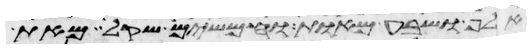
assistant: אלף ושבע מאות וחמשים שקל מאת